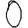
Digit: 0